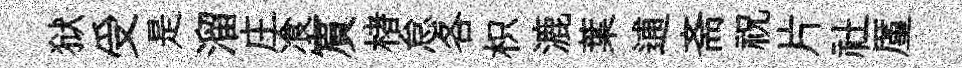
狱受是溜庄飡賔楮怠各枳漉葉逋斋祝片社厪